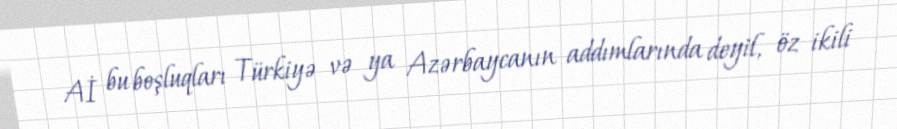
Aİ bu boşluqları Türkiyə və ya Azərbaycanın addımlarında deyil, öz ikili